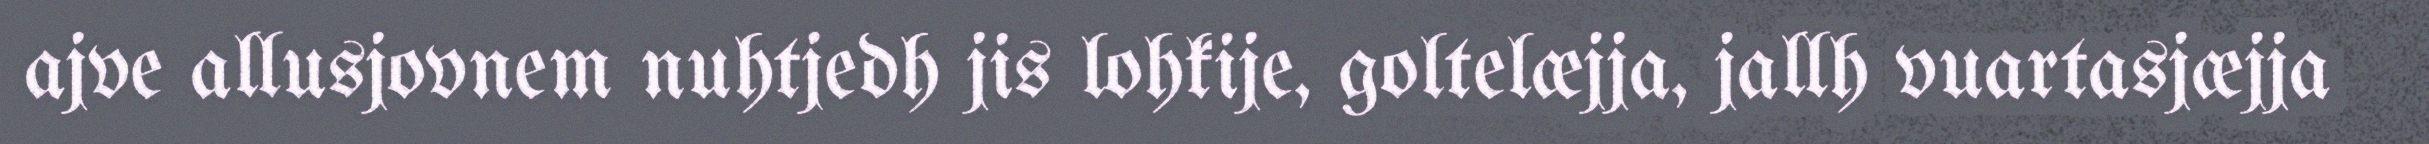
ajve allusjovnem nuhtjedh jis lohkije, goltelæjja, jallh vuartasjæjja